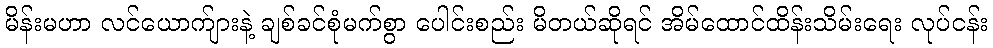
မိန်းမဟာ လင်ယောက်ျားနဲ့ ချစ်ခင်စုံမက်စွာ ပေါင်းစည်း မိတယ်ဆိုရင် အိမ်ထောင်ထိန်းသိမ်းရေး လုပ်ငန်း